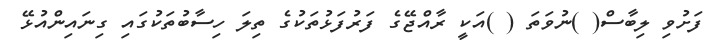
ފަށުވި ލިބާސް( )ނުވަތަ ( )އަކީ ރާއްޖޭގެ ފަރުފަޅުތަކުގެ ތިލަ ހިސާބުތަކުގައި ގިނައިންއުޅޭ